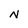
Character: N